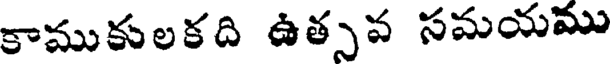
కాముకులకది ఉత్సవ సమయము